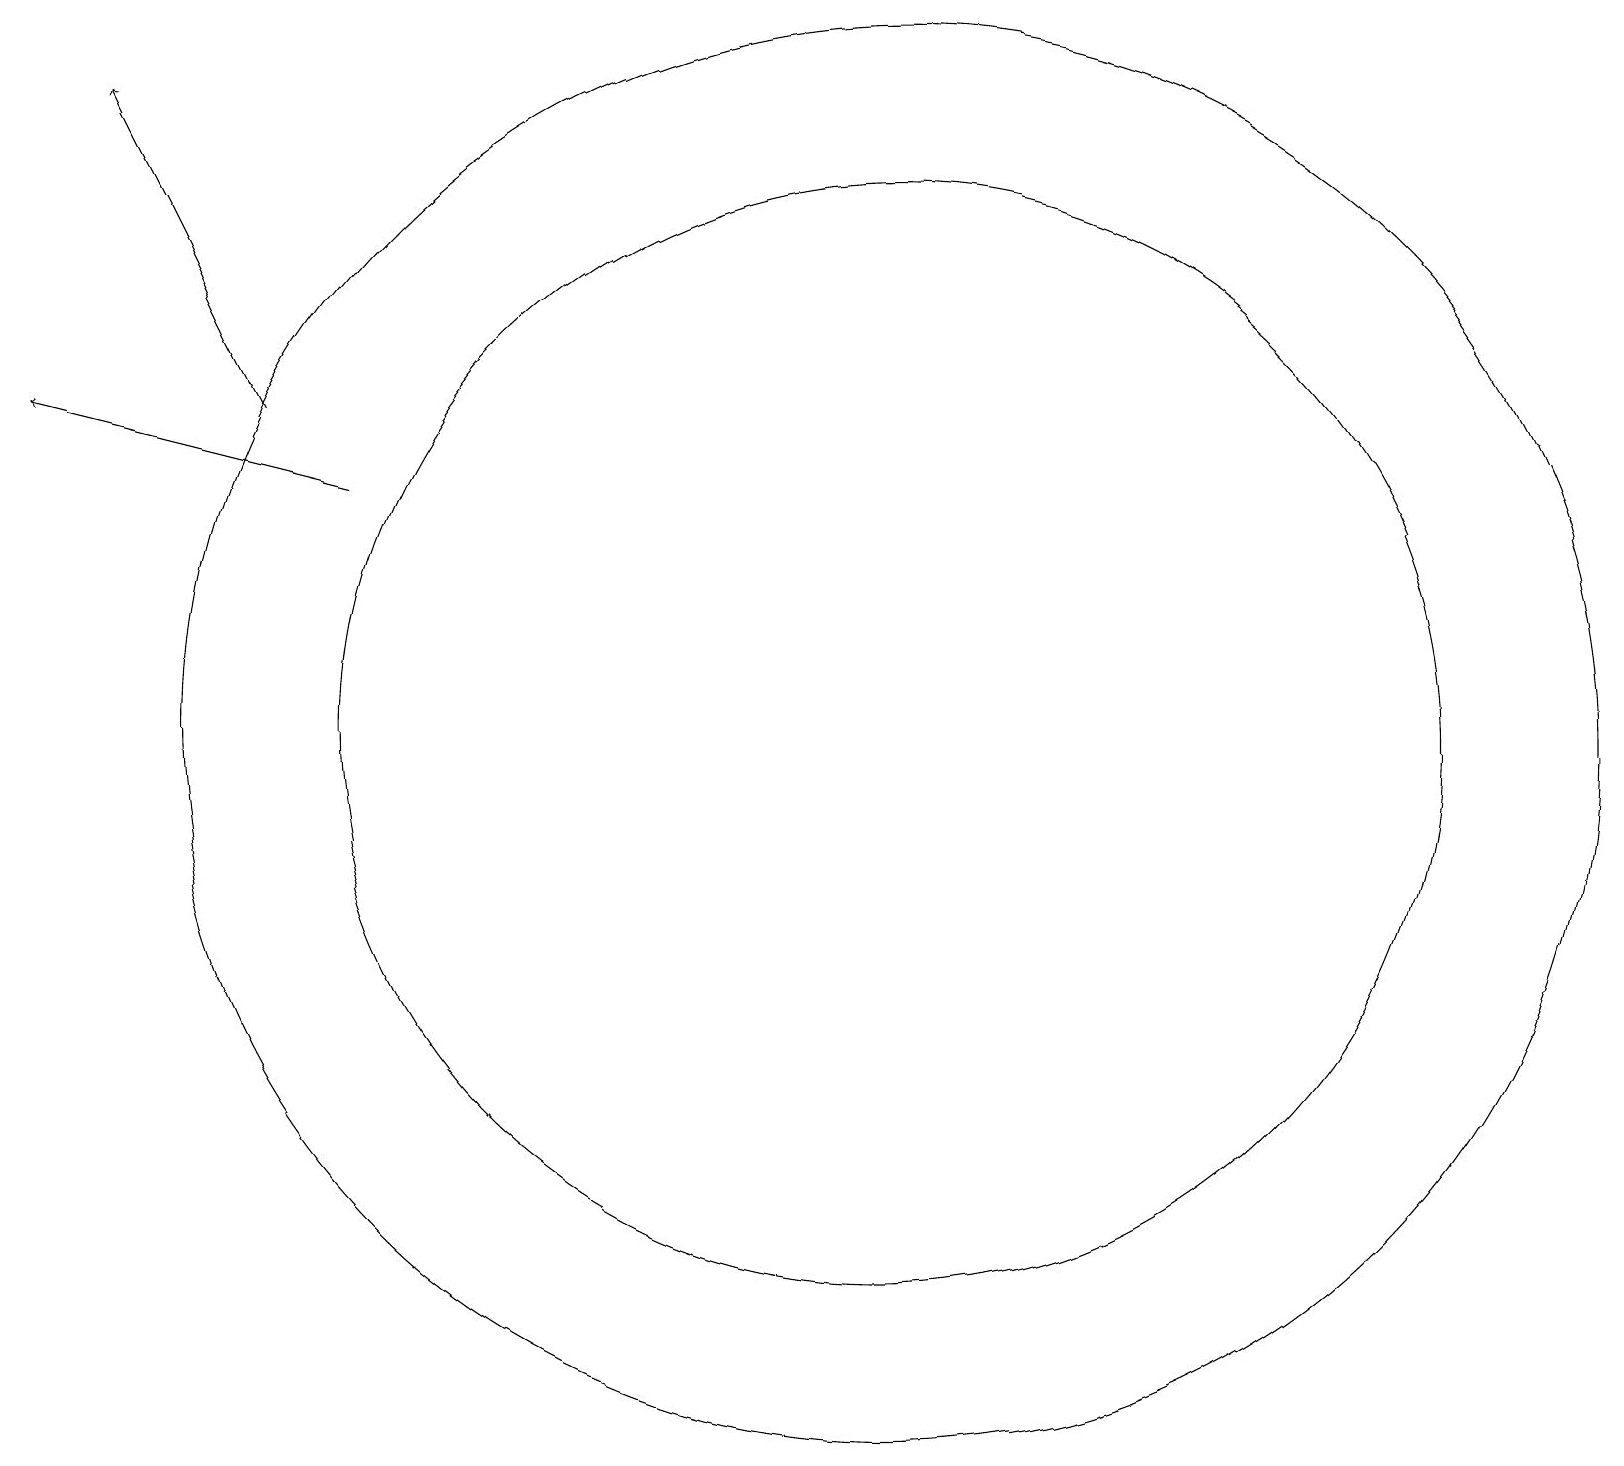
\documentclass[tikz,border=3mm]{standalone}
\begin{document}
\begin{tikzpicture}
\draw (11,10) circle (9);
\draw[->] (4,13) -- (0,14);
\draw (11,10) circle (7);
\draw[->] (3,14) -- (1,18);
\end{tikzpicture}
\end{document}